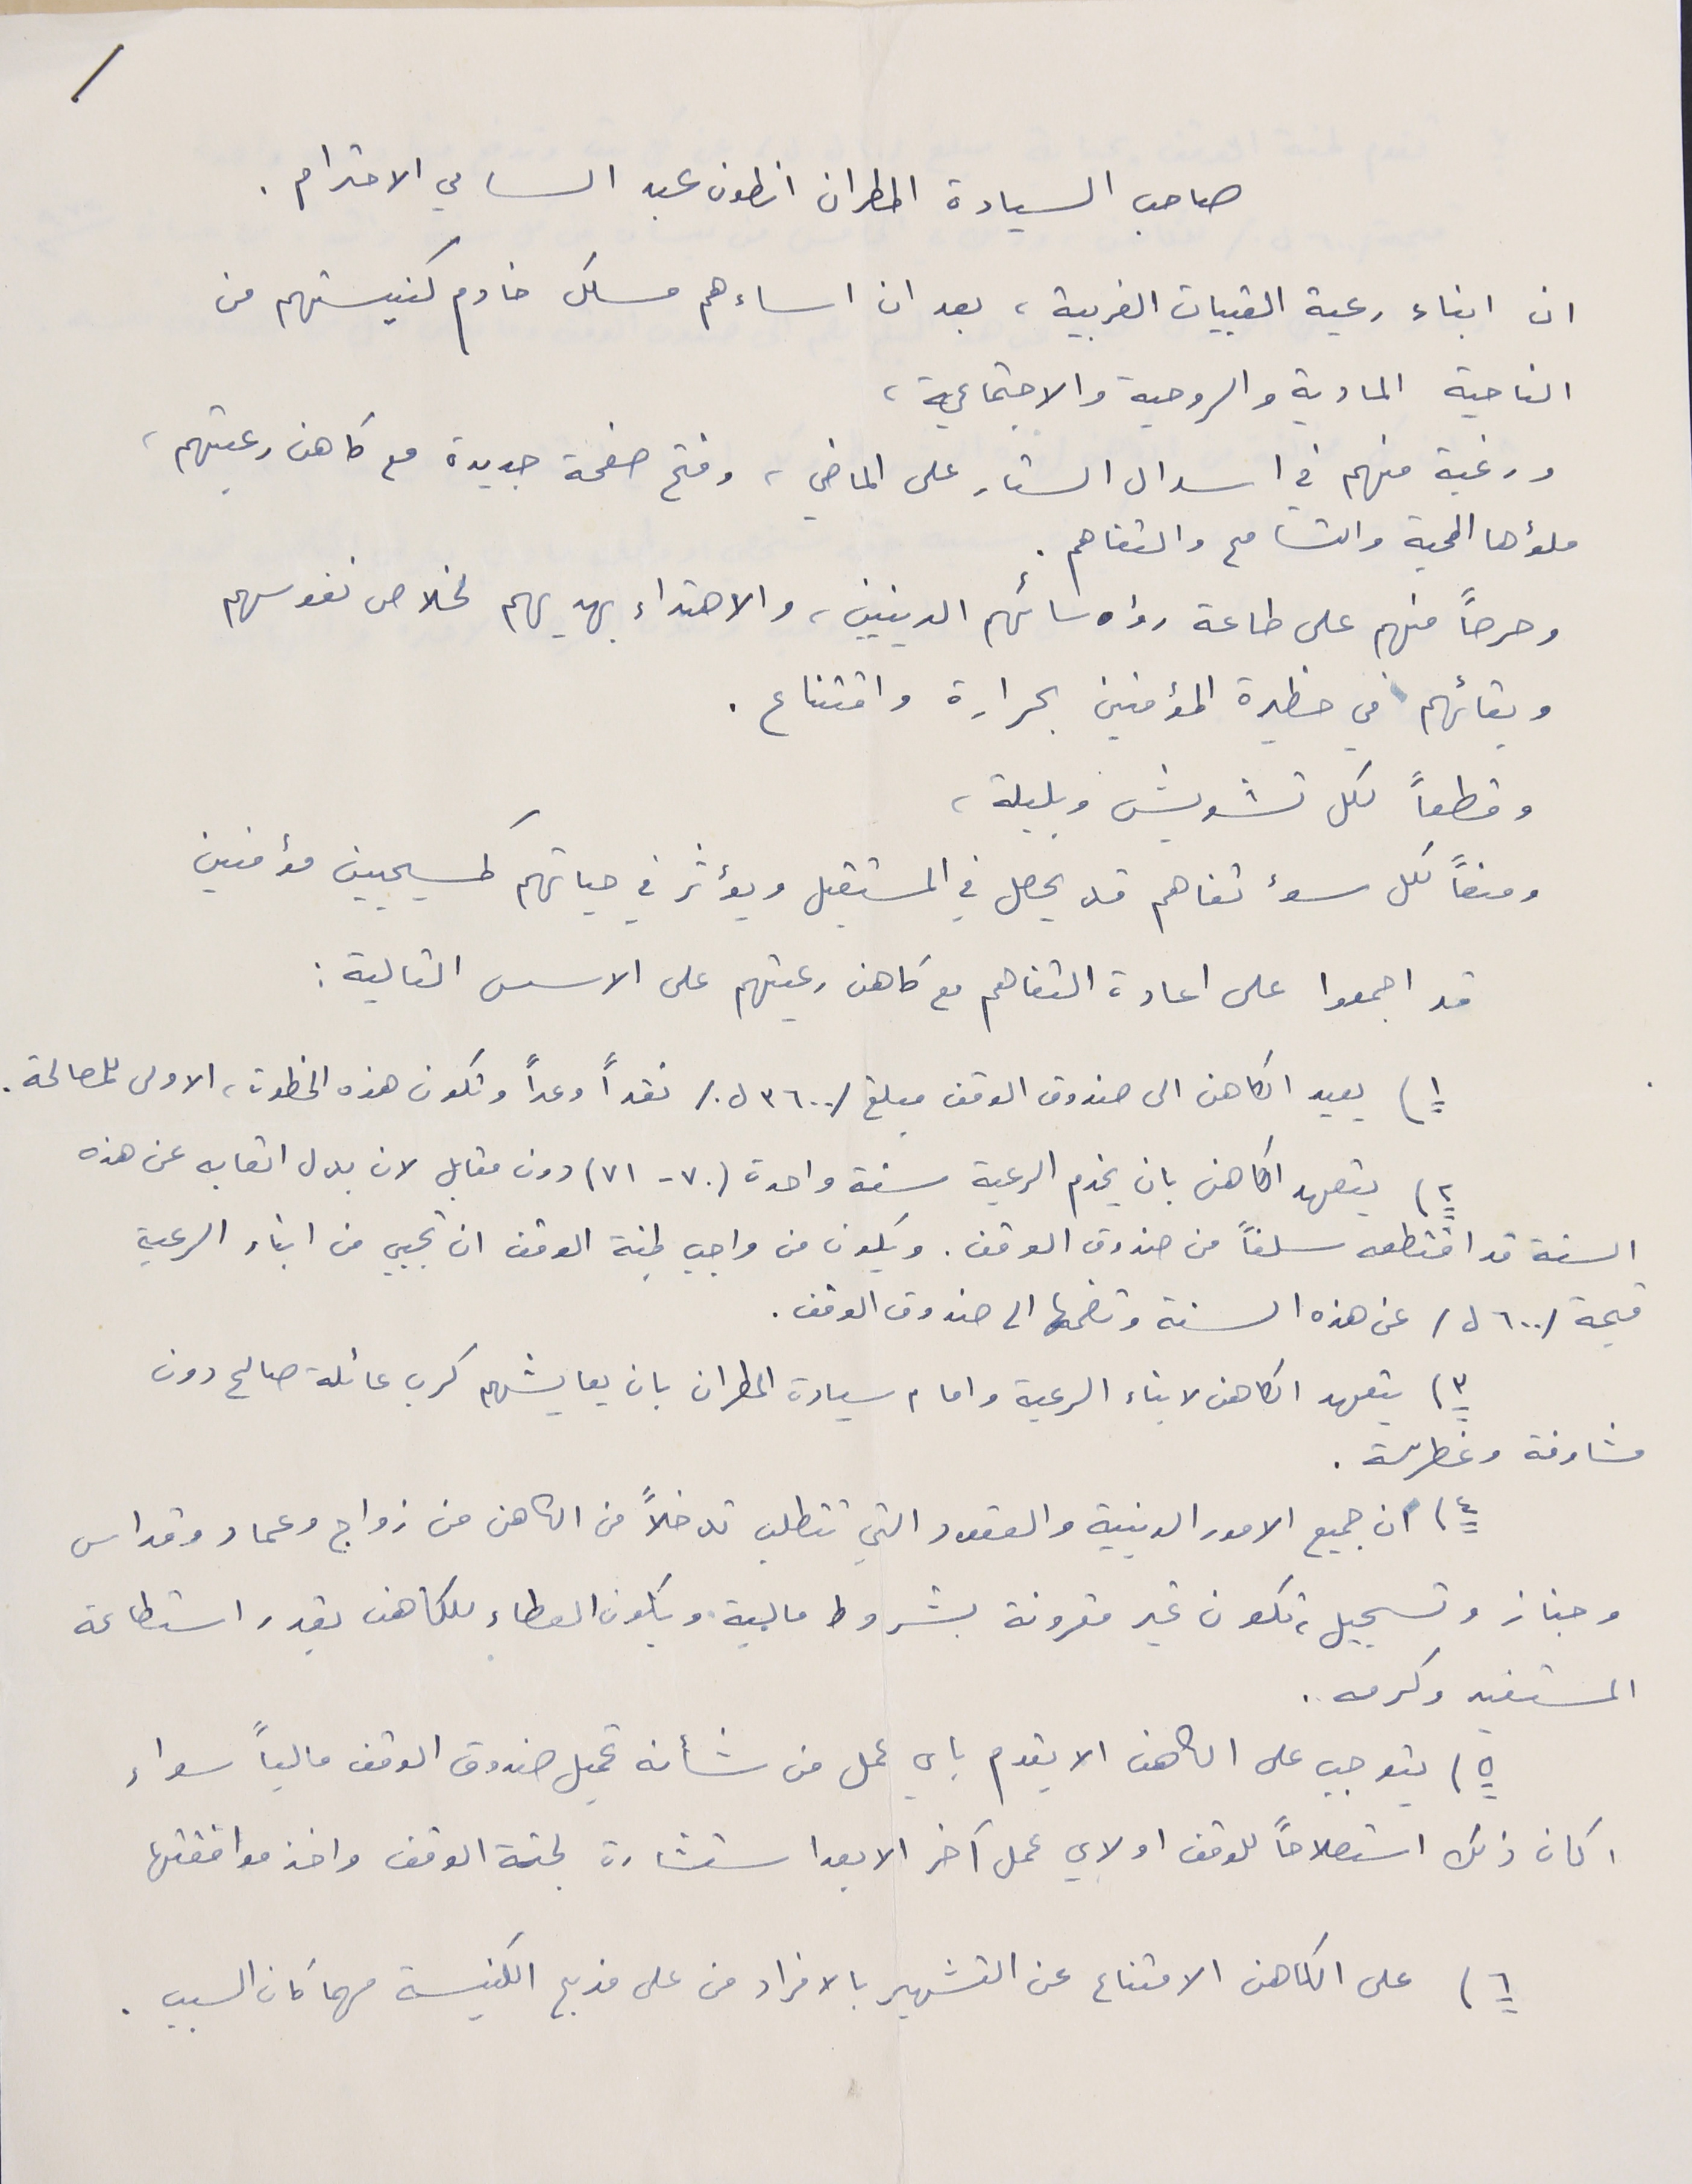
صاحب السيادة المطران انطون عبد السامي الاحترام.
ان ابناء رعية القبيات الغربية، بعد ان اساءهم مسلك خادم كنيستهم من
 الناحية المادية والروحية والاجتماعية،
ورغبة منهم في اسدال الستار على الماضي، وفتح صفحة جديدة مع كاهن رعيتهم،
ملؤها المحبة والتسامع والتفاهم.
وحرحصاً منهم على طاعة رؤسائهم الدينيين، والاهتداء بهديهم لخلاص نفوسهم
وبقائهم في حظيرة المؤمنين بحرارة واقتناع.
وقطعاً لكل تشويش وبلبلة،
ومنعاً لكل سوء تفاهم قل يحصل في المستقبل ويؤثر في حياتهم كمسيحيين مؤمنين
قد اجمعوا على اعادة التفاهم مع كاهن رعيتهم على الاسس التالية :
١) يعيد الكاهن الى صندوق الوقف مبلغ /٣٦٠٠ ل./ نقداً وعداً وتكون هذه الخطوة، الاولى للمصالحة.
السنة قد اقتطعه سلفاً من صندوق الوقف. ويكون من واجب لجنة الوقف ان تجبي من ابناء الرعية
قيمة / ٦٠٠ ل / عن هذه السنة وتضمها الى صندوق الوقف .
٣) يتعهد الكاهن لابناء الرعية وامام سيادة المطران بان يعايشهم كرب عائلة صالح دون
مشاوفة وغطرسة.
٤) ان جميع الامور الدينية والعقود التي تتطلب تدخلاً من الكاهن من زواج وعماد وقداس
وجناز وتسجيل، تكون غير مقرونة بشروط مالية ويكون العطاء للكاهن بقدر استطاعة
المستفيد وكرمه .
٥) يتوجب على الكاهن الا يقدم باي عمل من شأنه تحميل صندوق الوقف مالياً سواء
اكان ذلك استصلاحاً للوقف او لاي عمل آخر الا بعد استشارة لجنة الوقف واخذ موافقتها
٦) على الكاهن الامتناع عن التشهير بالافراد من على مذبح الكنيسة مهما كان السبب .
٢) يتعهد الكاهن بان يخدم الرعية سنة واحدة (٧٠-٧١) دون مقابل لان بدل اتعابه عن هذه